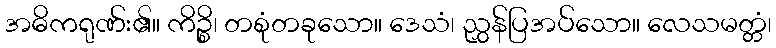
အဓိကရုဏ်း၏။ ကိဉ္စိ၊ တစုံတခုသော။ ဒေသံ၊ ညွှန်ပြအပ်သော။ လေသမတ္တံ၊